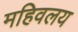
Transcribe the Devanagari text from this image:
महिवलय